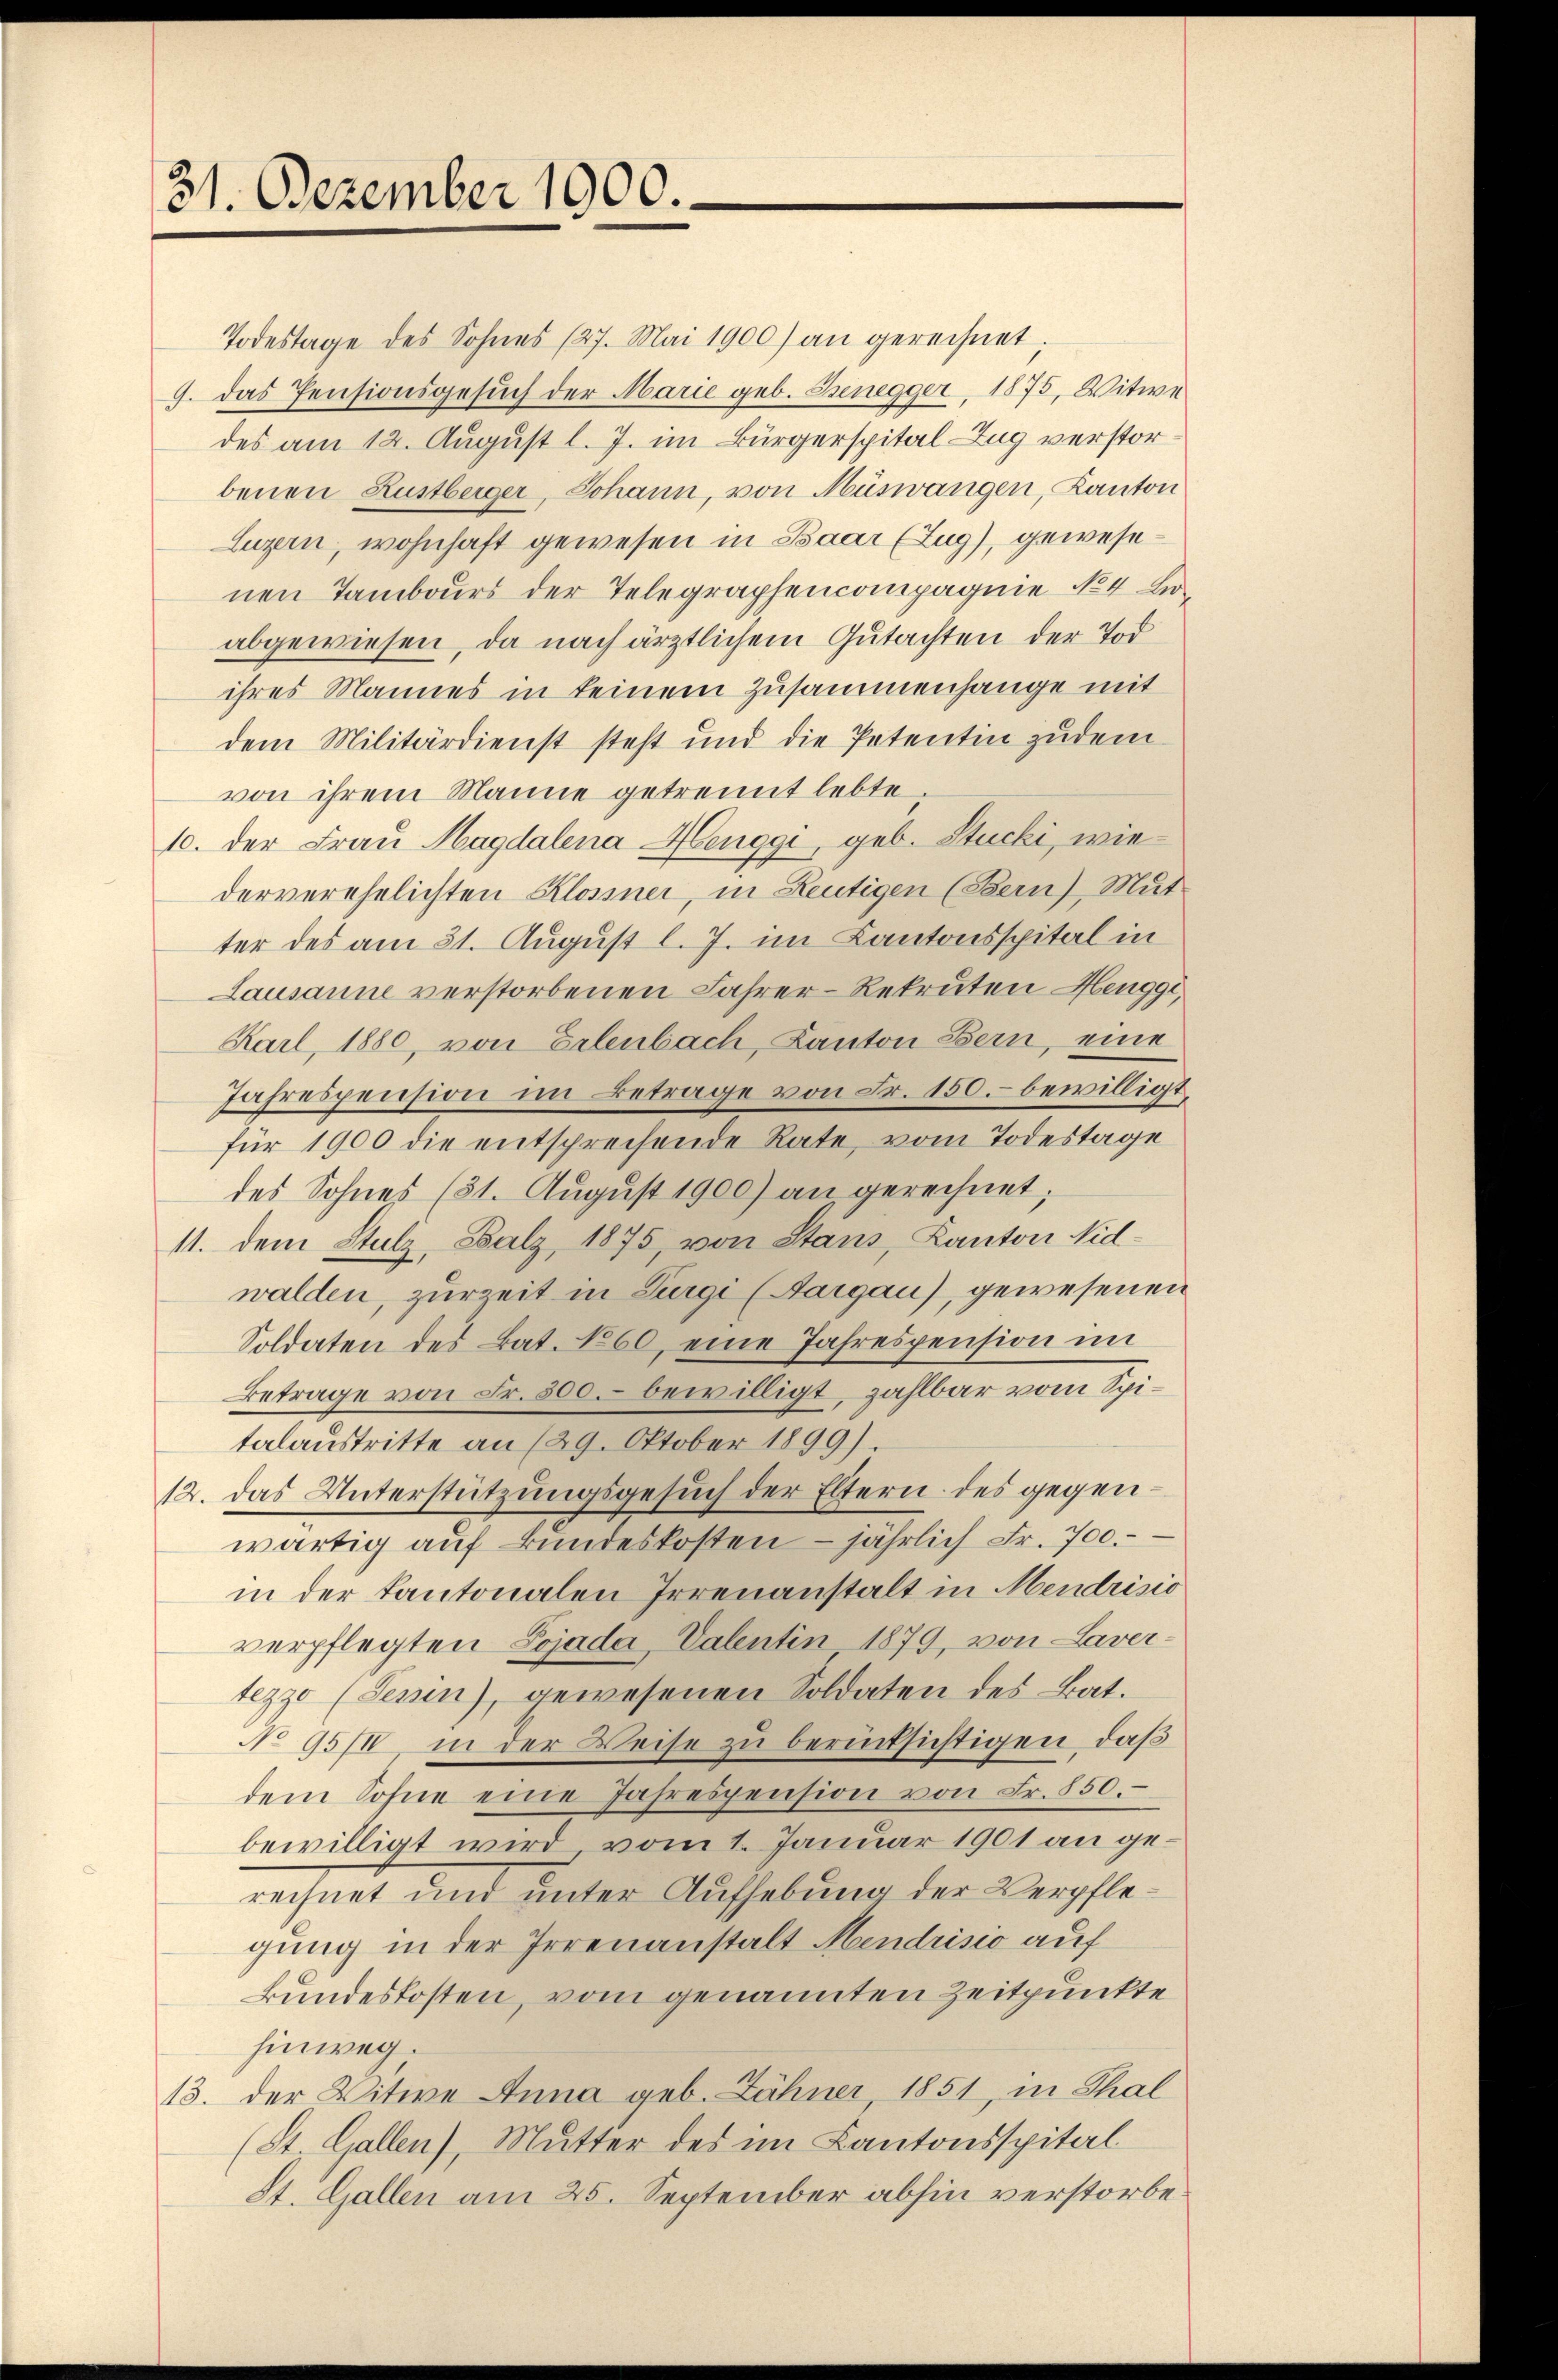
31. Dezember 1900.

Todestage des Sohnes (27. Mai 1900) an gerechnet;
9. Das Pensionsgesuch der Marie geb. Benegger, 1875, Witwe
des am 12. August l. J. im Bürgerspital Zug verstorbenen Rustbeiger, Johann, von Müswangen, Kanton
Luzern, wohnhaft gewesen in Baar (Zug), gewesenen Tambours der Telegraphencompagnie No 4 Loabgewiesen, da nach ärztlichem Gutachten der Tod
ihres Mannes in keinem Zusammenhange mit
dem Militärdienst steht und die Petentin zudem
von ihrem Manie getrennt lebte.
10. der Frau Magdalena Henggi, geb. Stucki, wiederverehelichten Klosiner, in Reutigen (Bern), Mut-
ter des am 31. August l. J. im Kantonsspital in
Lausanne verstorbenen Jahrer-Rekruten Hengge,
Karl, 1880, von Erlenbach, Kanton Bern, eine
Jahrespension im Betrage von Fr. 150.- bewilligt.
für 1900 die entsprechende Rate, vom Todestage
des Sohnes (31. August 1900) an gerechnet;
11. dem Stulz, Salz, 1875, von Stans, Kanton Nidwalden, zur Zeit in Zurgi (Aargau), gewesenen
Soldaten des Bat. No 60, eine Jahrespension im
Betrage von Fr. 500. bewilligt, zahlbar vom Spitalaustritte an (29. Oktober 1899)
12. das Unterstützungsgesŭch der Eltern des gegenwärtig auf kundeskosten – jährlich Fr. 700.
in der Kantonalen Irrenanstalt in Mendrisio
verpflegten Lojada Valentin 1879, von Lavertezzo (Tessin), gewesenen Soldaten des Bat.
No 95/4 in der Weise zu berücksichtigen, daß
dem Sohne eine Jahrespension von Fr. 850.
bewilligt wird, vom 1. Januar 1901 an gerechnet und unter Aufhebung der Verpflegung in der Irrenanstalt Mendrisio auf
kundeskosten, vom genannten Zeitpunkte
hinweg.
13. der Witwe Anna geb. Zähner 1851, in Thal
(St. Gallen), Mutter des im Kantonsspital¬
St. Gallen am 25. September abhin verstorbe